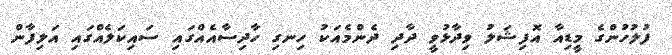
ފުލުހުންގެ މީޑިއާ އޮފިޝަލު ވިދާޅުވީ ދާދި ދެންމެއަކު ހިނގި ހާދިސާއެއްގައި ސައިކަލެއްގައި އަލިފާން